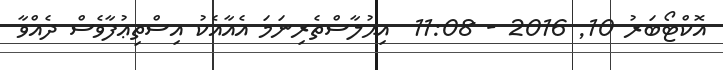
އޮކްޓޯބަރު 10